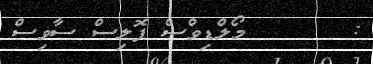
:       މޯލްޑިވްސް ޕޮލިސް ސާވިސް